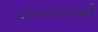
લખાવવાની